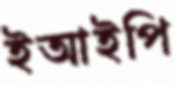
ইআইপি